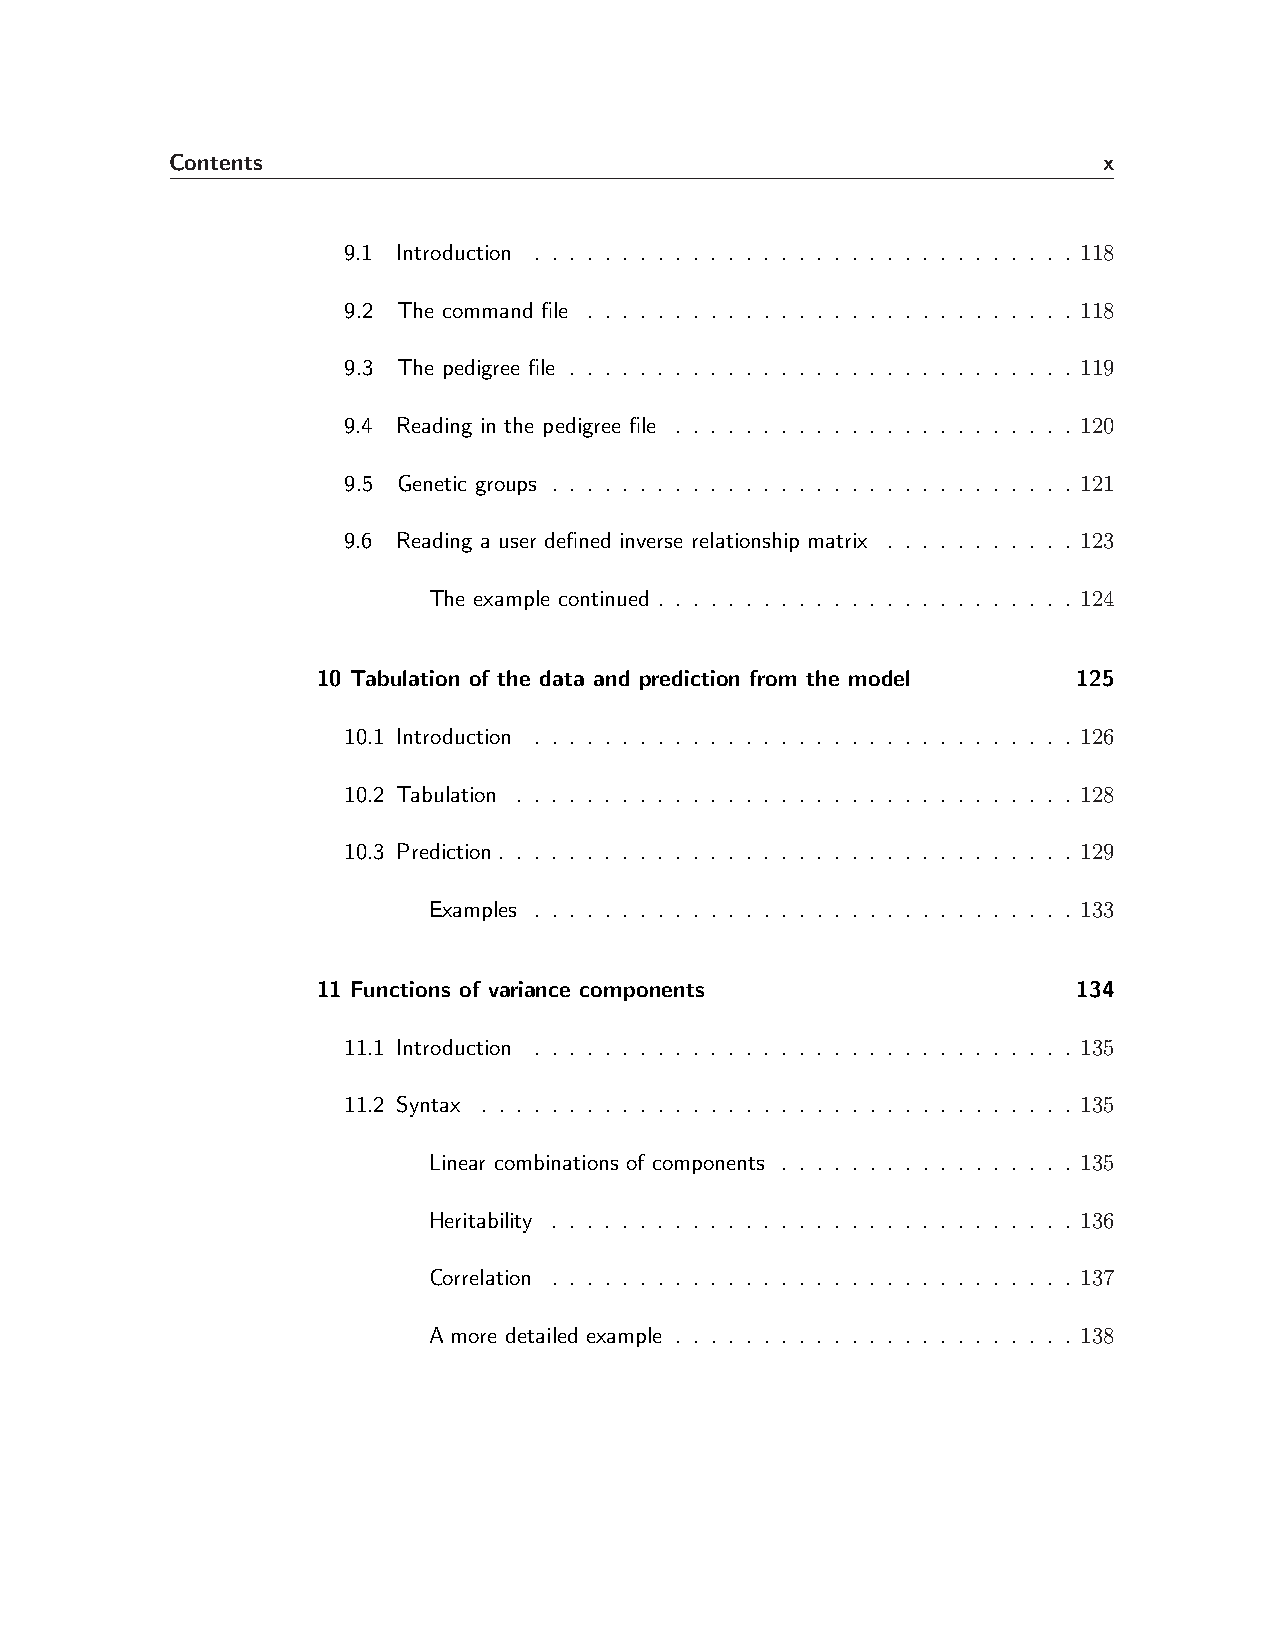
Contents                                                      x
 9.1 Introduction . . . . . . . . . . . . . . . . . . . . . . . . . . . . . . . 118
 9.2 The command file . . . . . . . . . . . . . . . . . . . . . . . . . . . . 118
 9.3 The pedigree file . . . . . . . . . . . . . . . . . . . . . . . . . . . . . 119
 9.4 Reading in the pedigree file . . . . . . . . . . . . . . . . . . . . . . . 120
 9.5 Genetic groups . . . . . . . . . . . . . . . . . . . . . . . . . . . . . . 121
 9.6 Reading a user defined inverse relationship matrix . . . . . . . . . . . 123
 The example continued . . . . . . . . . . . . . . . . . . . . . . . . 124
 10 Tabulation of the data and prediction from the model 125
 10.1 Introduction . . . . . . . . . . . . . . . . . . . . . . . . . . . . . . . 126
 10.2 Tabulation . . . . . . . . . . . . . . . . . . . . . . . . . . . . . . . . 128
 10.3 Prediction . . . . . . . . . . . . . . . . . . . . . . . . . . . . . . . . . 129
 Examples . . . . . . . . . . . . . . . . . . . . . . . . . . . . . . . 133
 11 Functions of variance components               134
 11.1 Introduction . . . . . . . . . . . . . . . . . . . . . . . . . . . . . . . 135
 11.2 Syntax . . . . . . . . . . . . . . . . . . . . . . . . . . . . . . . . . . 135
 Linear combinations of components . . . . . . . . . . . . . . . . . 135
 Heritability . . . . . . . . . . . . . . . . . . . . . . . . . . . . . . 136
 Correlation . . . . . . . . . . . . . . . . . . . . . . . . . . . . . . 137
 A more detailed example . . . . . . . . . . . . . . . . . . . . . . . 138